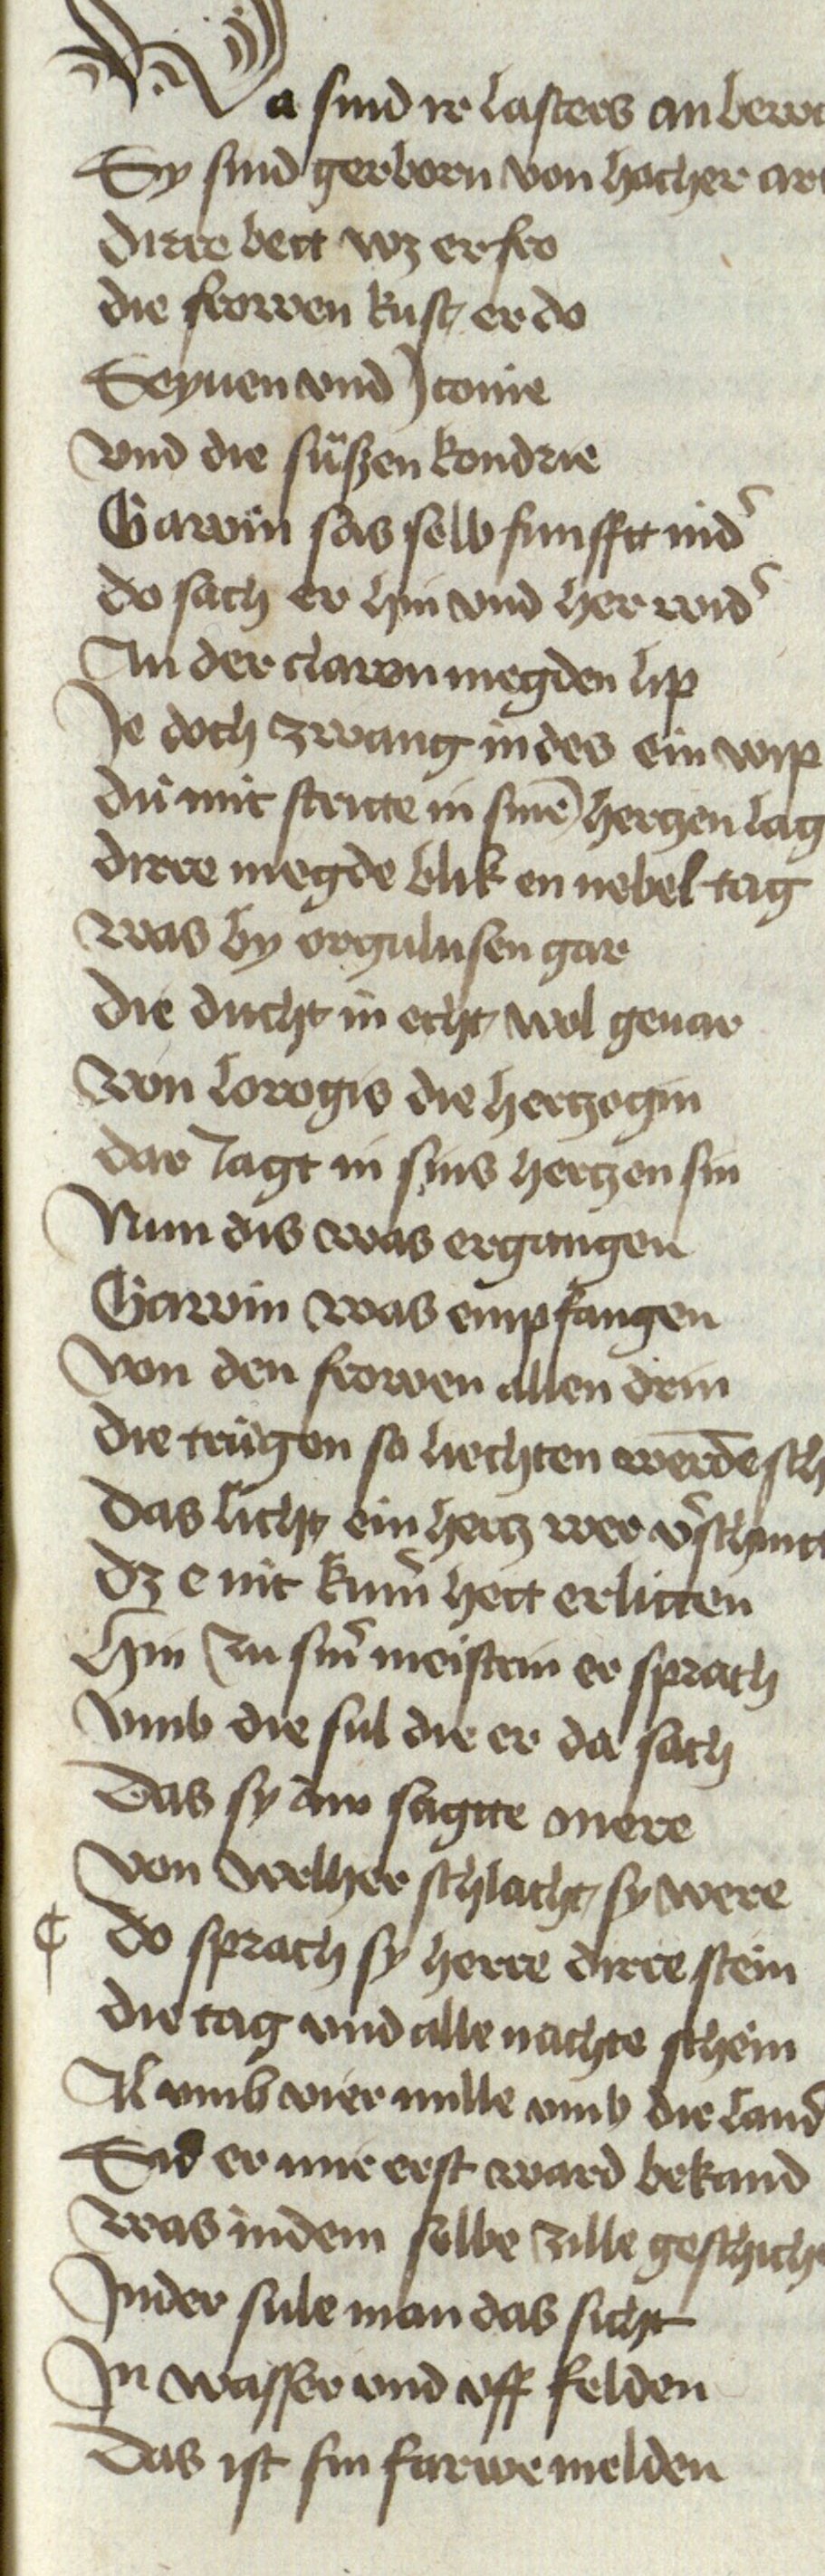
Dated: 1467–1467